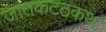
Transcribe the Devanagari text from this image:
जातकटठकथा